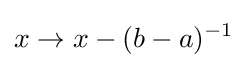
x\to x-(b-a)^{-1}